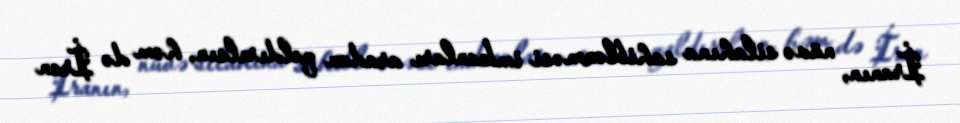
İranın, nüvə silahına sahiblənməsi imkanları aradan qaldırılsın, həm də İran